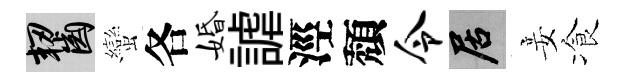
齧蠻各婚謔涇頽令居妾飡